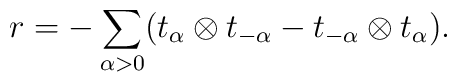
r=-\sum_{\alpha >0}(t_{\alpha}\otimes t_{-\alpha}-t_{-\alpha} \otimes t_{\alpha}).